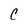
Character: C